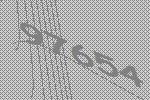
97654